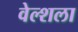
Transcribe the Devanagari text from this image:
वेल्शला